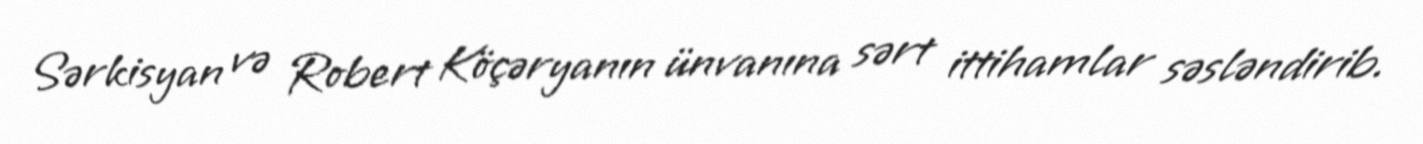
Sərkisyan və Robert Köçəryanın ünvanına sərt ittihamlar səsləndirib.